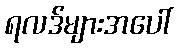
ရလဒ်များအပေါ်